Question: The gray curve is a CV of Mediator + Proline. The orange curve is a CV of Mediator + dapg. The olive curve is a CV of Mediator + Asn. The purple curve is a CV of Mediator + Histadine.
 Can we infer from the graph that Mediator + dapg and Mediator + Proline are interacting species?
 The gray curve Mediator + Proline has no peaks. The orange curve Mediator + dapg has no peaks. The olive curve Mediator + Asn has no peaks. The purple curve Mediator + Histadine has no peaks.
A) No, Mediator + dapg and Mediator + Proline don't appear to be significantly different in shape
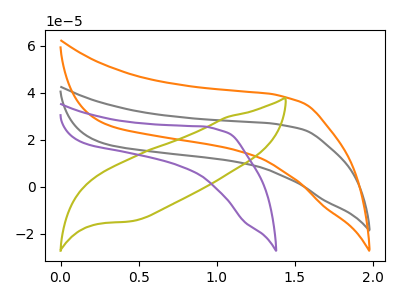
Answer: <think>Neither "Mediator + dapg" or "Mediator + Proline" have any peaks.
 </think>
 <answer>A) No, "Mediator + dapg" and "Mediator + Proline" don't appear to be significantly different in shape</answer>
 <eval>A</eval>